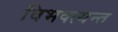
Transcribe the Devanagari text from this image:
विभक्त्यन्त